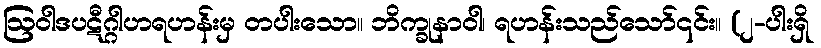
ဩဝါဒပဋီဂ္ဂါဟရဟန်းမှ တပါးသော။ ဘိက္ခုနာဝါ၊ ရဟန်းသည်သော်၎င်း။ (၂-ပါးရှိ